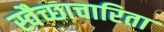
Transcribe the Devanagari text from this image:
स्वैच्छाचारिता